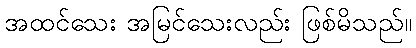
အထင်သေး အမြင်သေးလည်း ဖြစ်မိသည်။